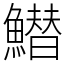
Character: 䲋